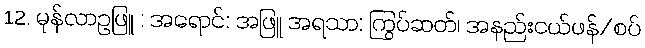
12. မုန်လာဥဖြူ : အရောင်: အဖြူ အရသာ: ကြွပ်ဆတ်၊ အနည်းငယ်ဖန်/စပ်